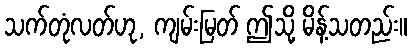
သက်တုံလတ်ဟု, ကျမ်းမြတ် ဤသို့ မိန့်သတည်း။